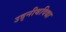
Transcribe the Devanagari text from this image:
उद्नीथविद्या